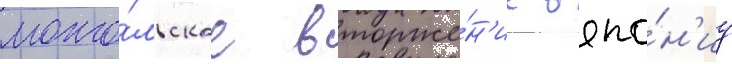
монго́льское вторже́н'ие в япо́н'иу